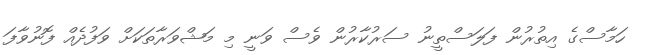
ހަމާސްގެ އިތުރުން ފަލަސްތީނު ސަރުކާރުން ވެސް ވަނީ މި މަޝްވަރާތަކަށް ވަފުދެއް ފޮނުވާފަ